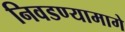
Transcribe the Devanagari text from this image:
निवडण्यामागे